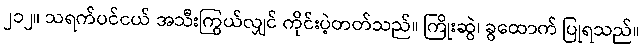
၂၁၂။ သရက်ပင်ငယ် အသီးကြွယ်လျှင် ကိုင်းပဲ့တတ်သည်။ ကြိုးဆွဲ၊ ခွထောက် ပြုရသည်။